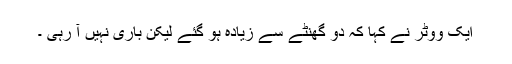
ایک ووٹر نے کہا کہ دو گھنٹے سے زیادہ ہو گئے لیکن باری نہیں آ رہی ۔